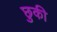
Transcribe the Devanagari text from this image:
छुकी